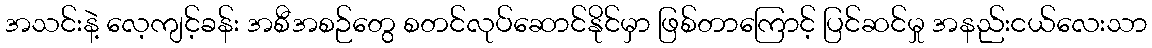
အသင်းနဲ့ လေ့ကျင့်ခန်း အစီအစဉ်တွေ စတင်လုပ်ဆောင်နိုင်မှာ ဖြစ်တာကြောင့် ပြင်ဆင်မှု အနည်းငယ်လေးသာ